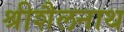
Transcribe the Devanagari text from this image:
श्रीशैलनाथ